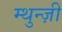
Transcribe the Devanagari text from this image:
म्थुन्ज़ी